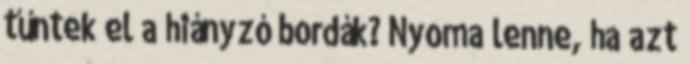
tűntek el a hiányzó bordák? Nyoma lenne, ha azt